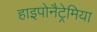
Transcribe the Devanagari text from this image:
हाइपोनैट्रेमिया